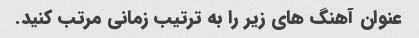
عنوان آهنگ های زیر را به ترتیب زمانی مرتب کنید.